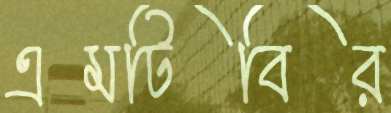
এমটিবির